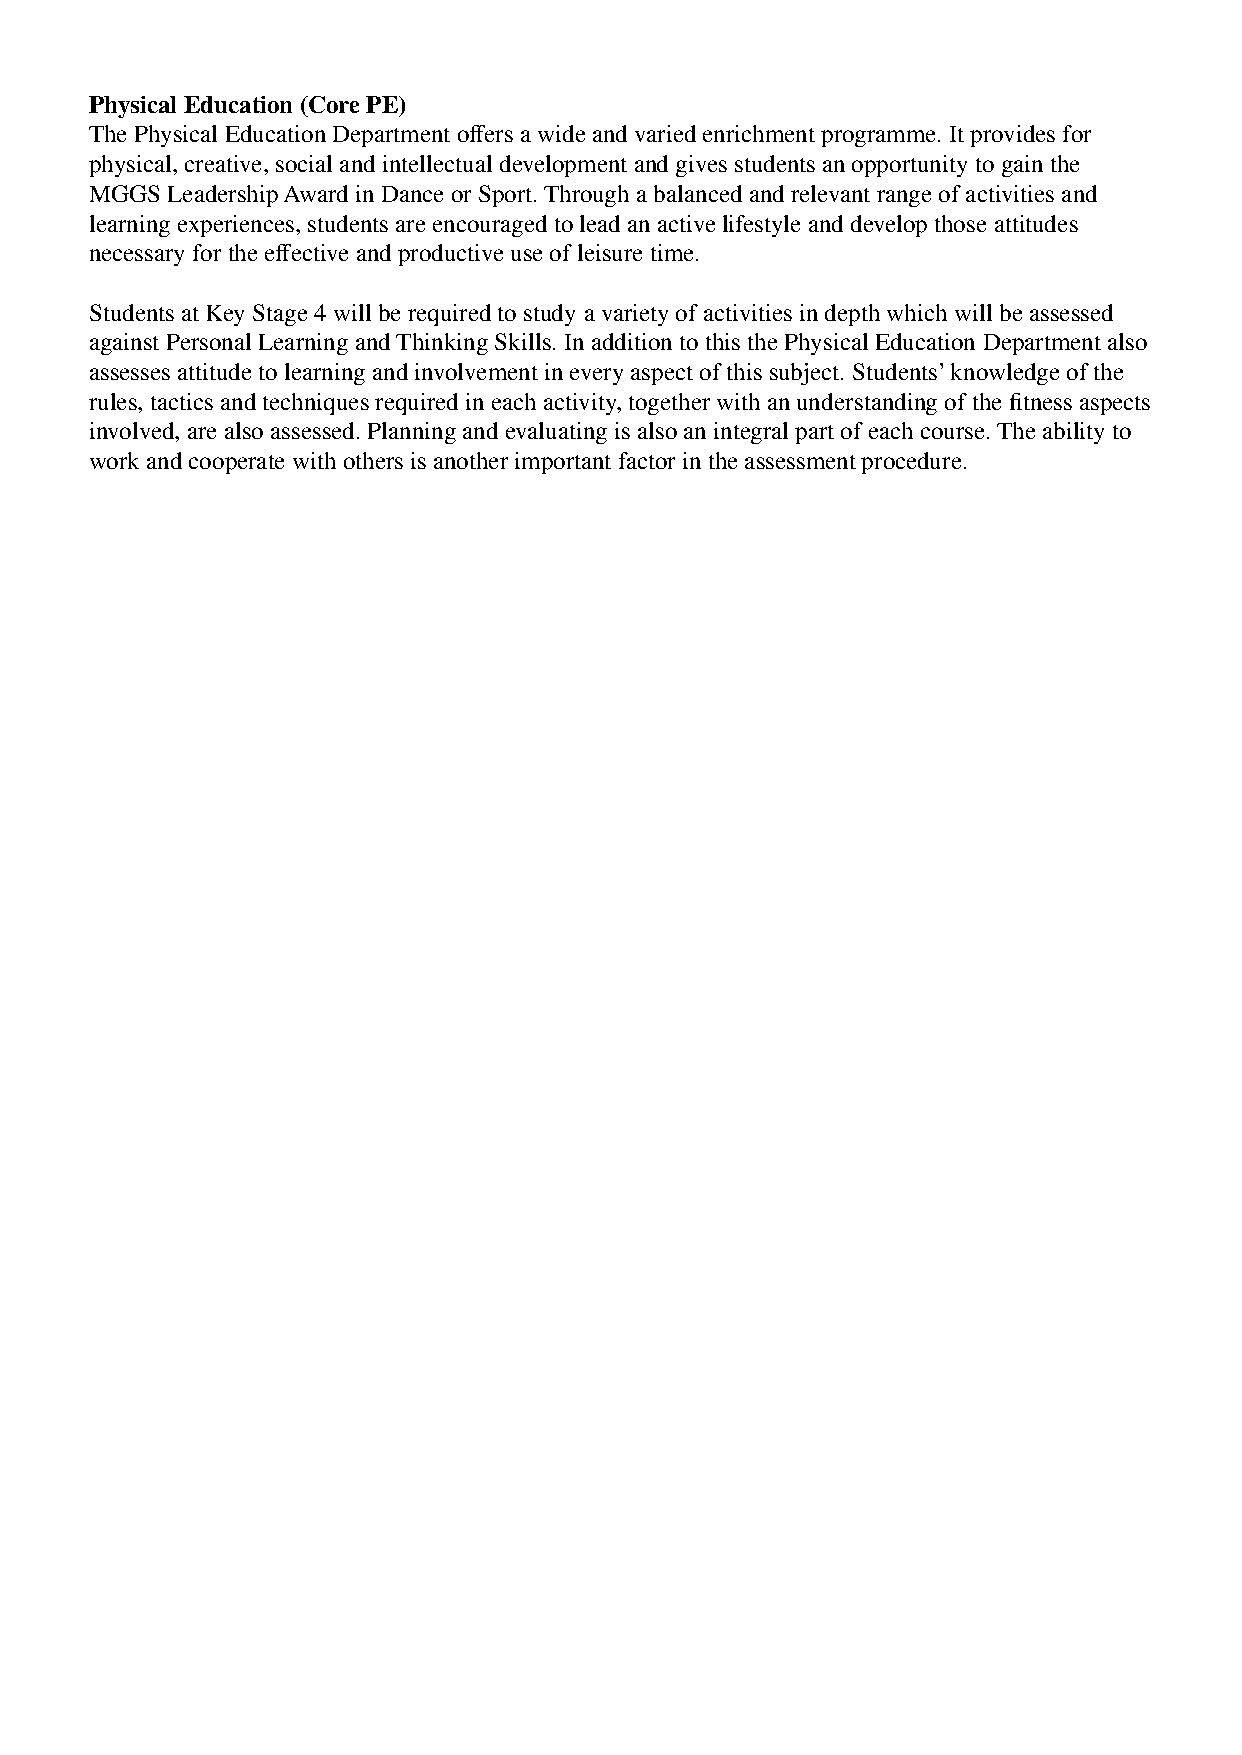
Physical Education (Core PE)
 The Physical Education Department offers a wide and varied enrichment programme. It provides for
 physical, creative, social and intellectual development and gives students an opportunity to gain the
 MGGS Leadership Award in Dance or Sport. Through a balanced and relevant range of activities and
 learning experiences, students are encouraged to lead an active lifestyle and develop those attitudes
 necessary for the effective and productive use of leisure time.
 Students at Key Stage 4 will be required to study a variety of activities in depth which will be assessed
 against Personal Learning and Thinking Skills. In addition to this the Physical Education Department also
 assesses attitude to learning and involvement in every aspect of this subject. Students’ knowledge of the
 rules, tactics and techniques required in each activity, together with an understanding of the fitness aspects
 involved, are also assessed. Planning and evaluating is also an integral part of each course. The ability to
 work and cooperate with others is another important factor in the assessment procedure.